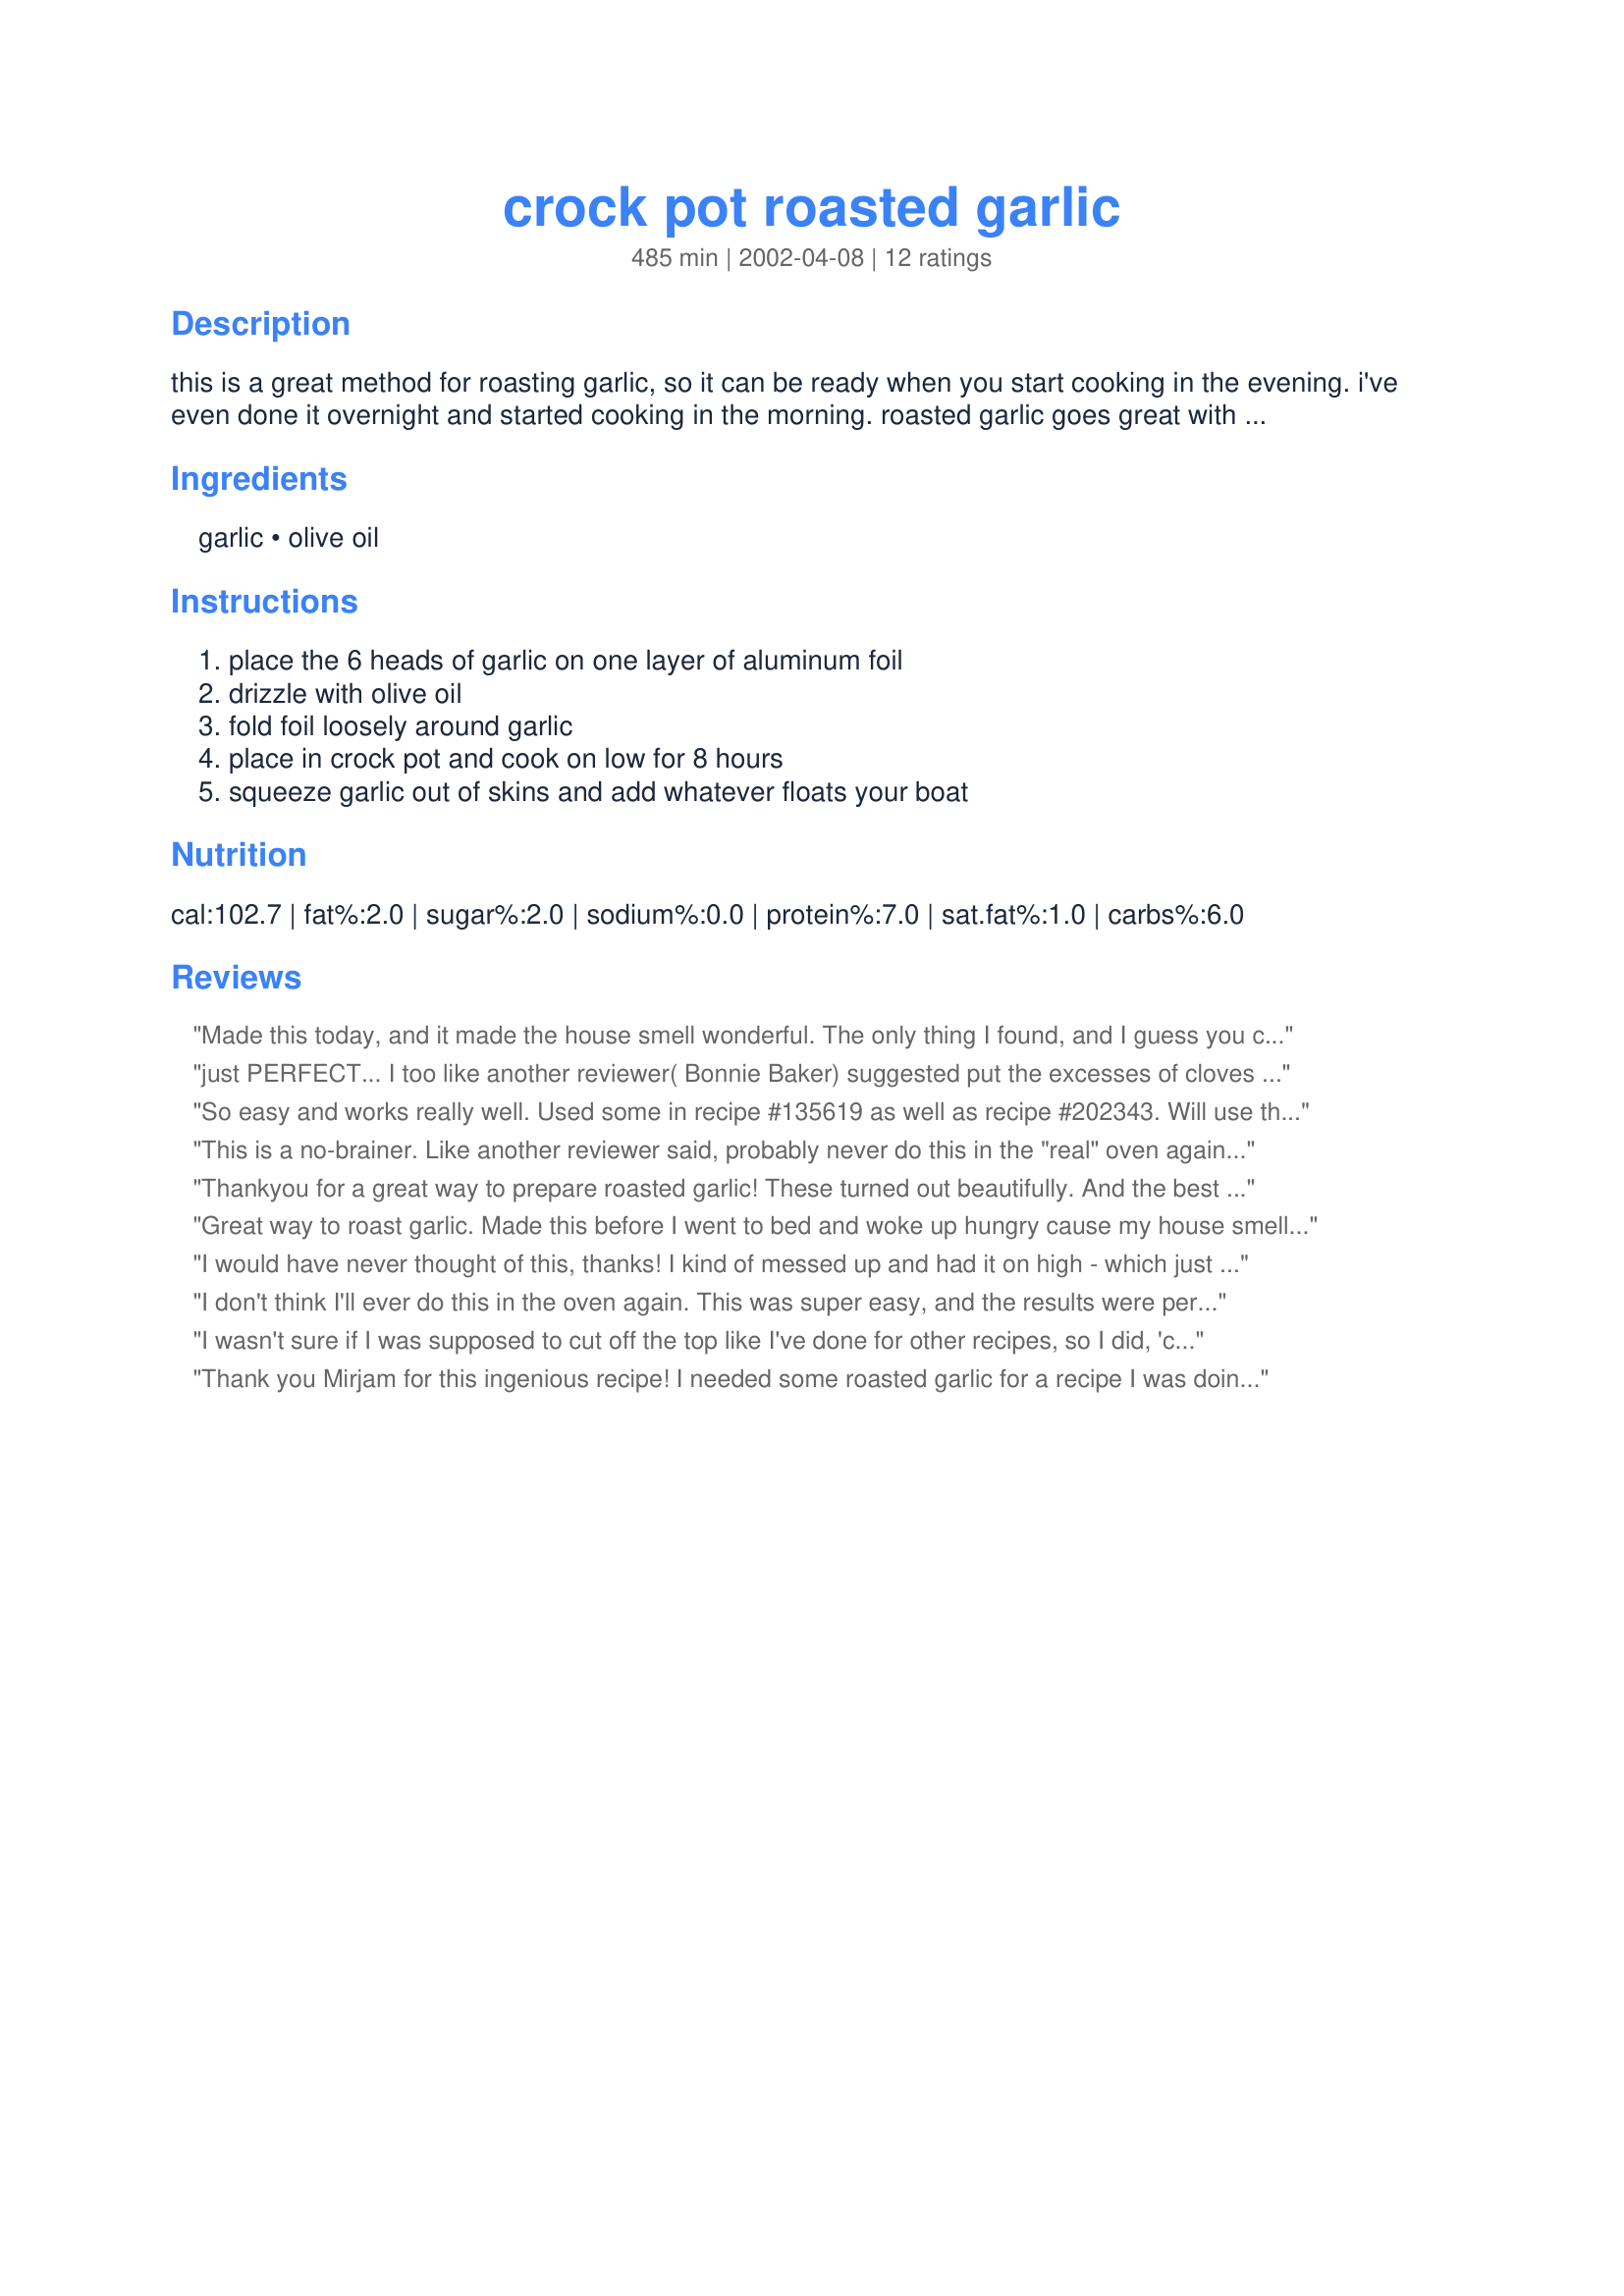
crock pot roasted garlic
Preparation time: 485 minutes

this is a great method for roasting garlic, so it can be ready when you start cooking in the evening. i've even done it overnight and started cooking in the morning. roasted garlic goes great with mashed potatoes, on pasta, or simply spread on crusty bread.

Ingredients:
garlic, olive oil

Steps:
place the 6 heads of garlic on one layer of aluminum foil, drizzle with olive oil, fold foil loosely around garlic, place in crock pot and cook on low for 8 hours, squeeze garlic out of skins and add whatever floats your boat

Reviews:
Made this today, and it made the house smell wonderful. The only thing I found, and I guess you can't get away from it is the mess on your hands when you pulled them apart. I put the cloves in a jar and covered with olive oil till I need to use it, I'm hoping I did this right.
just PERFECT...

I too like another reviewer( Bonnie Baker) suggested put the excesses of cloves in a glass jar
covered with oil..

love being able to do it this way..works so well

a big THANK YOU from me to you
So easy and works really well. Used some in recipe #135619 as well as recipe #202343. Will use this method often. Thanks for sharing the recipe!
This is a no-brainer. Like another reviewer said, probably never do this in the "real" oven again! I add fresh branches of rosemary and thyme to mine as well.
Thankyou for a great way to prepare roasted garlic! These turned out beautifully. And the best part... it's so easy and I didn't have to watch them. Just forget about it for 8 hours, then enjoy!
Great way to roast garlic. Made this before I went to bed and woke up hungry cause my house smelled so good! lol. Thanks mirj!
I would have never thought of this, thanks! I kind of messed up and had it on high - which just meant that it was done sooner (as in 4 hours), which was fine, but it really got dark brown, almost too brown. And I used my small crock pot. So, next time I will read the recipe properly and cook on low for 8. Still worked out tho, love it!!
I don't think I'll ever do this in the oven again. This was super easy, and the results were perfect. Thanks for sharing this gem!
I wasn't sure if I was supposed to cut off the top like I've done for other recipes, so I did, 'cause I figured it couldn't hurt. Two of the heads fell apart and roasted in pieces of four cloves or so. I shouldn't have done that. They caramelized and weren't exactly spreadable (though they were yummy). I squeezed out what we didn't eat and have stored them in the fridge until we use them to make Recipe #202343. Next time, I'll probably try storing the leftovers in oil in the freezer (not at room temperature, which can be a perfect environment for botulism).
Thank you Mirjam for this ingenious recipe! I needed some roasted garlic for a recipe I was doing, and I didn't want to heat up the oven in this heat! I then remembered I had stored this in my cookbook. Put this going last night before bed and I woke up to the most wonderful smell drifting from my kitchen! The garlic got to the right "mushy" consistensy and really mellowed in flavor!
What a great idea! This is perfect for summer when I want roasted garlic for salad or crackers but wouldn't dream of starting the oven. I'm never roasting garlic in the oven again.
I *so* cannot wait to give this a try. Hopefully, the icy roads will be gone tomorrow so I can get to the grocery and report back. Thanks, Mirj. All of a sudden, I'm seeing lots of roasted garlic requiring recipes on the horizon. - eileen
